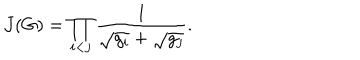
J ( G ) = \prod _ { i < j } \frac { 1 } { \sqrt { \vphantom { g _ { j } } g _ { i } } + \sqrt { g _ { j } } } .